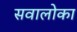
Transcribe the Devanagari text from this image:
सवालोका